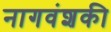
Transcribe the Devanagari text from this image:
नागवंशकी